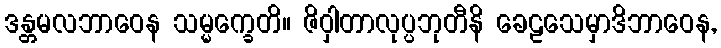
ဒန္တမလဘာဝေန သမ္မက္ခေတိ။ ဇိဝှါတာလုပ္ပဘုတီနိ ခေဠသေမှာဒိဘာဝေန,